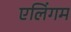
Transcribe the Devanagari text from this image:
एलिंगम